Report on horse surra - Volume I
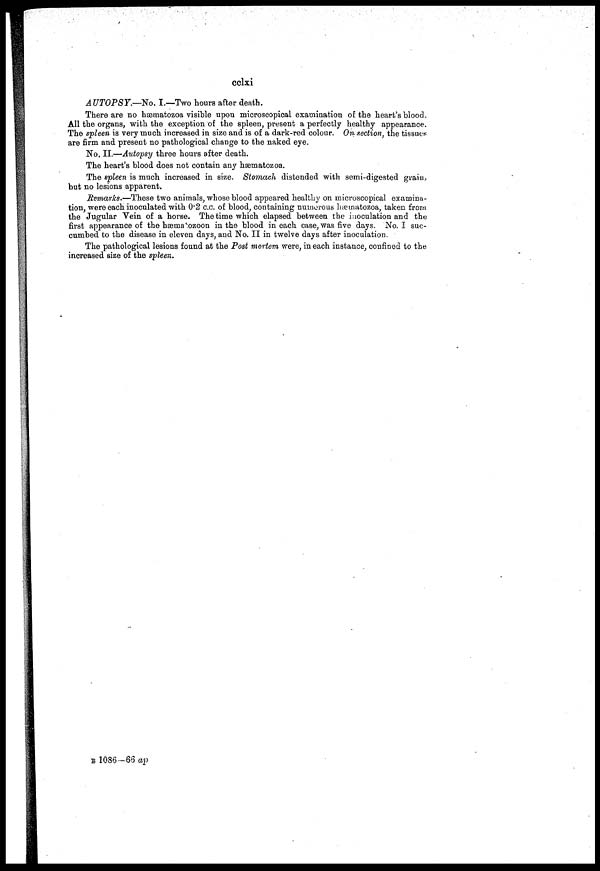
cclxi
AUTOPSY.—No. I.—Two hours after death.
There are no hæmatozoa visible upon microscopical examination of the heart's blood.
All the organs, with the exception of the spleen, present a perfectly healthy appearance.
The spleen is very much increased in size and is of a dark-red colour. On section, the tissues
are firm and present no pathological change to the naked eye.
No. II.—Autopsy three hours after death.
The heart's blood does not contain any hæmatozoa.
The spleen is much increased in size. Stomach distended with semi-digested grain,
but no lesions apparent.
Remarks.—These two animals, whose blood appeared healthy on microscopical examina-
tion, were each inoculated with 0.2 c.c. of blood, containing numerous hæmatozoa, taken from
the Jugular Vein of a horse. The time which elapsed between the inoculation and the
first appearance of the hæmatozoon in the blood in each case, was five days. No. I suc-
cumbed to the disease in eleven days, and No. II in twelve days after inoculation.
The pathological lesions found at the Post mortem were, in each instance, confined to the
increased size of the spleen.
B 1086-66 ap